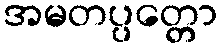
အမတပ္ပတ္တော